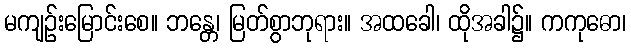
မကျဉ်းမြောင်းစေ။ ဘန္တေ၊ မြတ်စွာဘုရား။ အထခေါ၊ ထိုအခါ၌။ ကကုဓော၊